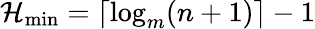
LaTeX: \mathcal{H}_{\mathrm{{min}}}=\lceil\log_{m}(n+1)\rceil-1